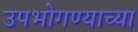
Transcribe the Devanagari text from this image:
उपभोगण्याच्या